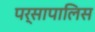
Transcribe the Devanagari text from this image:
पर्सापालिस